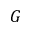
G